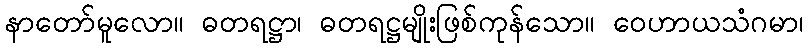
နာတော်မူလော။ ဓတရဋ္ဌာ၊ ဓတရဋ္ဌမျိုးဖြစ်ကုန်သော။ ဝေဟာယသံဂမာ၊